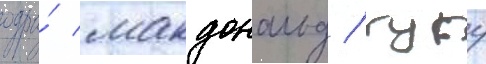
одра́ макдональд / гугу